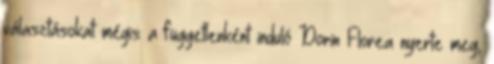
választásokat mégis a függetlenként induló Dorin Florea nyerte meg,